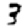
Digit: 3